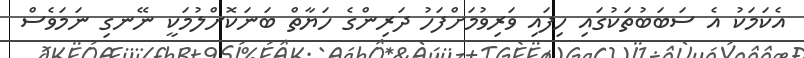
އެކަމަކު އެ ސަބަބުތަކުގައި ހިފައި ވަރިވުމަށްފަހު ދަރިންގެ ހަޔާތް ބަނަކޮށްލުމަކީ ނޭނގި ނަމަވެސް